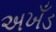
અખઁડ